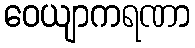
ဝေယျာကရဏာ